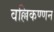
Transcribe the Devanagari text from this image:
वल्लिकण्णन